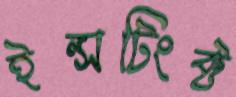
ইন্সটিংক্ট